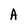
Character: A